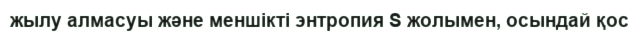
жылу алмасуы және меншікті энтропия S жолымен, осындай қос